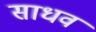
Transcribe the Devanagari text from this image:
साधव